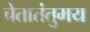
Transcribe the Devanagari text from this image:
चेतातंतुमय